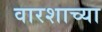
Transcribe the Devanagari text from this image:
वारशाच्‍या